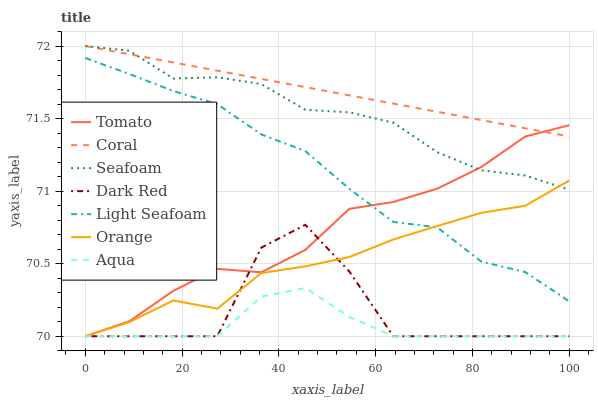
| xaxis_label | Tomato | Coral | Seafoam | Dark Red | Light Seafoam | Orange | Aqua |
 | --- | --- | --- | --- | --- | --- | --- | --- |
 | 0 | 70 | 72 | 72 | 70 | 71.9 | 70 | 70 |
 | 9.09 | 70.1 | 71.9 | 72 | 70 | 71.8 | 70.1 | 70 |
 | 18.2 | 70.3 | 71.9 | 71.8 | 70 | 71.7 | 70.2 | 70 |
 | 27.3 | 70.5 | 71.8 | 71.8 | 70 | 71.6 | 70.2 | 70 |
 | 36.4 | 70.4 | 71.8 | 71.7 | 70.6 | 71.4 | 70.4 | 70.3 |
 | 45.5 | 70.6 | 71.7 | 71.6 | 70.8 | 71.3 | 70.5 | 70.3 |
 | 54.5 | 70.9 | 71.7 | 71.5 | 70.4 | 71 | 70.5 | 70.1 |
 | 63.6 | 70.9 | 71.6 | 71.5 | 70 | 70.8 | 70.7 | 70 |
 | 72.7 | 71 | 71.5 | 71.3 | 70 | 70.7 | 70.8 | 70 |
 | 81.8 | 71.2 | 71.5 | 71.1 | 70 | 70.5 | 70.9 | 70 |
 | 90.9 | 71.4 | 71.4 | 71.1 | 70 | 70.4 | 70.9 | 70 |
 | 100 | 71.5 | 71.4 | 71 | 70 | 70.2 | 71.1 | 70 |